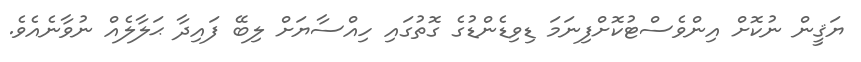
ޔަޤީން ނުކޮށް އިންވެސްޓުކޮށްފިނަމަ ޑިވިޑެންޑުގެ ގޮތުގައި ހިއްސާޔަށް ލިބޭ ފައިދާ ޙަލާލެއް ނުވާނެއެވެ.